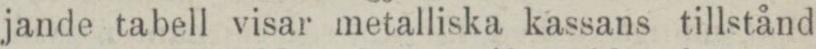
jande tabell visar metalliska kassans tillstånd